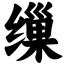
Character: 缫